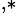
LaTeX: ^{,*}